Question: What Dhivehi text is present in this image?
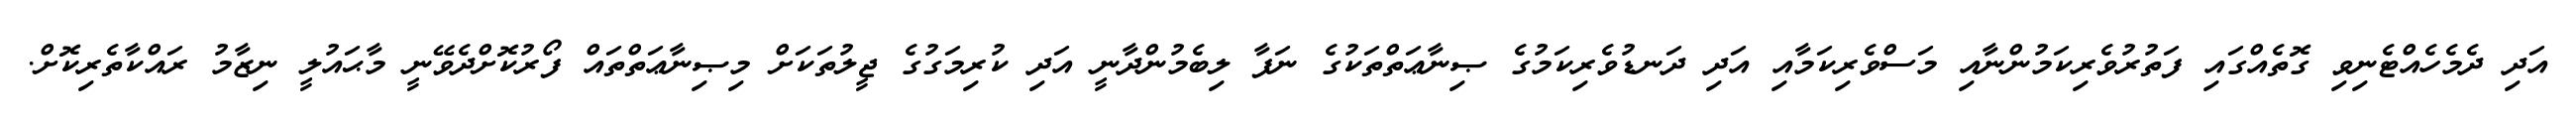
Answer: އަދި ދެމެހެއްޓެނިވި ގޮތެއްގައި ފަތުރުވެރިކަމުންނާއި މަސްވެރިކަމާއި އަދި ދަނޑުވެރިކަމުގެ ޞިނާޢަތްތަކުގެ ނަފާ ލިބެމުންދާނީ އަދި ކުރިމަގުގެ ޖީލުތަކަށް މިޞިނާޢަތްތައް ފޯރުކޮށްދެވޭނީ މާޙައުލީ ނިޒާމު ރައްކާތެރިކޮށް.